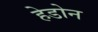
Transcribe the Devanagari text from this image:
हेडोन